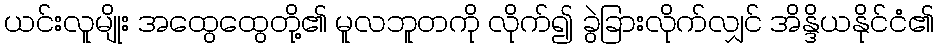
ယင်းလူမျိုး အထွေထွေတို့၏ မူလဘူတကို လိုက်၍ ခွဲခြားလိုက်လျှင် အိန္ဒိယနိုင်ငံ၏